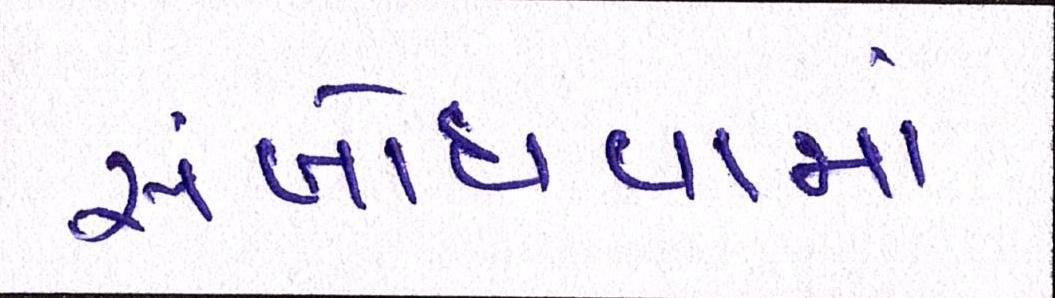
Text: સંબોધવામાં